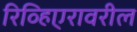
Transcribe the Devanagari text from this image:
रिव्हिएरावरील